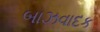
બાઝવાદક